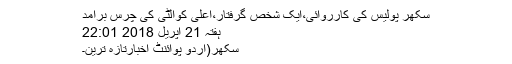
سکھر پولیس کی کارروائی،ایک شخص گرفتار،اعلی کوالٹی کی چرس برآمد
ہفتہ 21 اپریل 2018 22:01
سکھر(اُردو پوائنٹ اخبارتازہ ترین۔